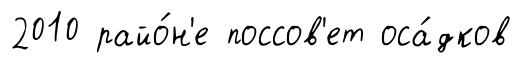
2010 райо́н'е поссов'ет оса́дков